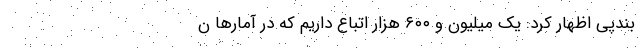
بندپی اظهار کرد: یک میلیون و ۶۰۰ هزار اتباع داریم که در آمار‌ها ن